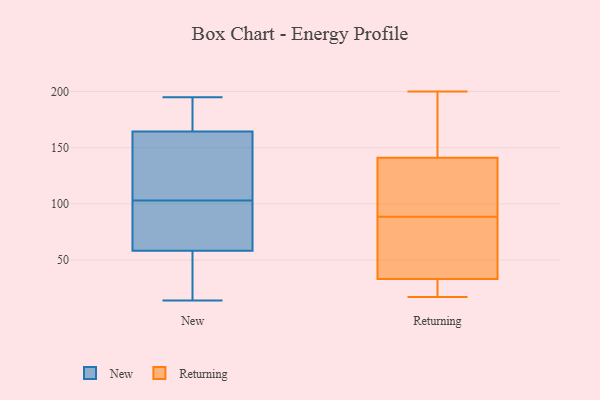
{"axis": {"x": "Latency (ms)", "y": "Value"}, "legend": ["New", "Returning"], "data": [{"x": "", "y": 195, "type": "New"}, {"x": "", "y": 136, "type": "New"}, {"x": "", "y": 30, "type": "New"}, {"x": "", "y": 28, "type": "New"}, {"x": "", "y": 71, "type": "New"}, {"x": "", "y": 193, "type": "New"}, {"x": "", "y": 14, "type": "New"}, {"x": "", "y": 178, "type": "New"}, {"x": "", "y": 103, "type": "New"}, {"x": "", "y": 114, "type": "New"}, {"x": "", "y": 174, "type": "New"}, {"x": "", "y": 90, "type": "New"}, {"x": "", "y": 130, "type": "New"}, {"x": "", "y": 102, "type": "New"}, {"x": "", "y": 54, "type": "New"}, {"x": "", "y": 17, "type": "Returning"}, {"x": "", "y": 52, "type": "Returning"}, {"x": "", "y": 99, "type": "Returning"}, {"x": "", "y": 164, "type": "Returning"}, {"x": "", "y": 128, "type": "Returning"}, {"x": "", "y": 101, "type": "Returning"}, {"x": "", "y": 24, "type": "Returning"}, {"x": "", "y": 45, "type": "Returning"}, {"x": "", "y": 34, "type": "Returning"}, {"x": "", "y": 78, "type": "Returning"}, {"x": "", "y": 136, "type": "Returning"}, {"x": "", "y": 141, "type": "Returning"}, {"x": "", "y": 32, "type": "Returning"}, {"x": "", "y": 31, "type": "Returning"}, {"x": "", "y": 200, "type": "Returning"}, {"x": "", "y": 194, "type": "Returning"}, {"x": "", "y": 50, "type": "Returning"}, {"x": "", "y": 141, "type": "Returning"}, {"x": "", "y": 142, "type": "Returning"}, {"x": "", "y": 26, "type": "Returning"}]}